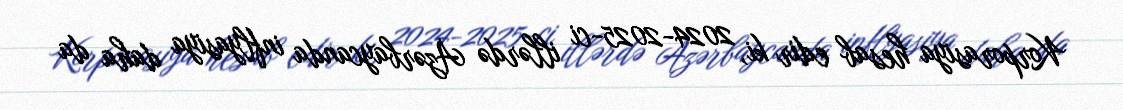
Korporasiya hesab edir ki, 2024-2025-ci illərdə Azərbaycanda inflyasiya daha da